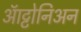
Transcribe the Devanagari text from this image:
ऑट्टोनिअन